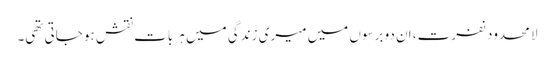
لا محدود نفرت، ان دو برسوں میں میری زندگی میں ہر بات نقش ہو جاتی تھی۔